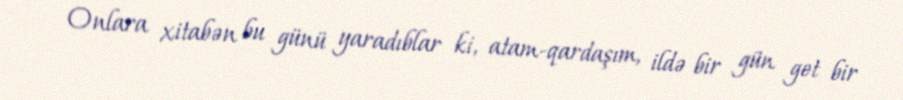
Onlara xitabən bu günü yaradıblar ki, atam-qardaşım, ildə bir gün get bir